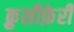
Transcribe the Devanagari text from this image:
क्रुसीफ़ेरी